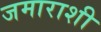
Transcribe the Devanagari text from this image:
जमाराशी